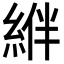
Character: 𦁂